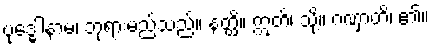
ဗုဒ္ဓေါနာမ၊ ဘုရားမည်သည်။ နတ္ထိ။ ဣတိ၊ သို့။ ဂဏှာတိ၊ ၏။